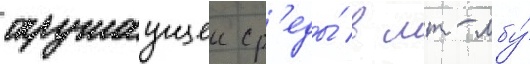
окружаущеи ср'еды́ в мт-лбу́